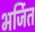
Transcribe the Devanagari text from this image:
भर्जित